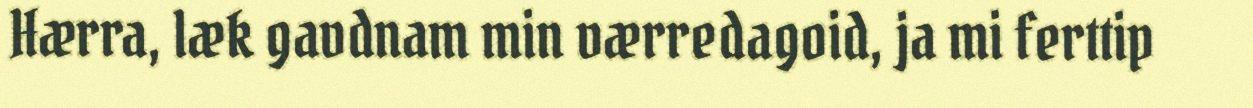
Hærra, læk gavdnam min værredagoid, ja mi ferttip